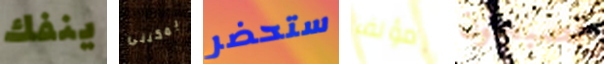
ينفك يمكننى ستحضر مؤلف تصبحون